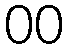
00